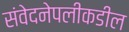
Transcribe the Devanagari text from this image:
संवेदनेपलीकडील